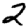
Digit: 2